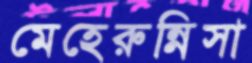
মেহেরুন্নিসা